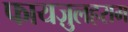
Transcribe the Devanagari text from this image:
फायज़ुलहराम